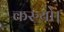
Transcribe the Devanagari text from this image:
करुयो।